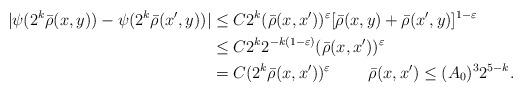
LaTeX: \begin{align*}|\psi(2^k {\bar \rho}(x,y))-\psi(2^k {\bar \rho}(x',y))|&\le C2^k({\bar \rho} (x,x'))^\varepsilon [{\bar \rho} (x, y) +{\bar \rho} (x', y)]^{1-\varepsilon} \\&\le C2^k2^{-k(1-\varepsilon)}({\bar \rho} (x,x'))^\varepsilon\\&=C(2^k{\bar \rho} (x,x'))^\varepsilon\qquad\ {\bar \rho}(x,x')\le (A_0)^32^{5-k}.\end{align*}